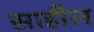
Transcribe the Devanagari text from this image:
साहील